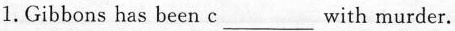
1.Gibbons has been c ___ with murder.